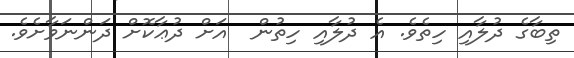
ތިބާގެ ދުލާއި ހިތެވެ. އެ ދުލާއި ހިތުން  އަށް ދުޢާކޮށް ދަންނަވާށެވެ.